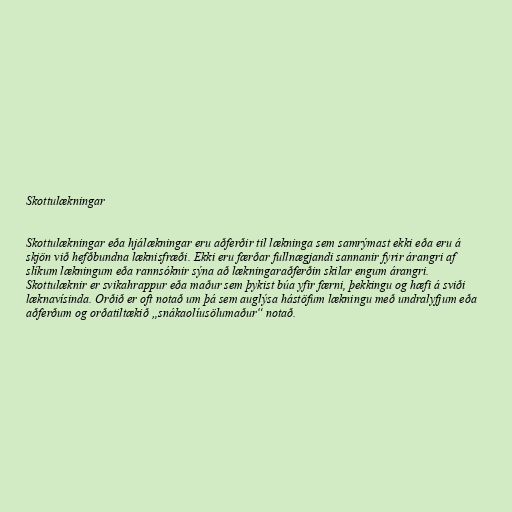
Skottulækningar

Skottulækningar eða hjálækningar eru aðferðir til lækninga sem samrýmast ekki eða eru á
skjön við hefðbundna læknisfræði. Ekki eru færðar fullnægjandi sannanir fyrir árangri af
slíkum lækningum eða rannsóknir sýna að lækningaraðferðin skilar engum árangri.
Skottulæknir er svikahrappur eða maður sem þykist búa yfir færni, þekkingu og hæfi á sviði
læknavísinda. Orðið er oft notað um þá sem auglýsa hástöfum lækningu með undralyfjum eða
aðferðum og orðatiltækið „snákaolíusölumaður“ notað.